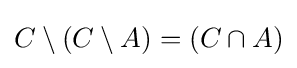
C\setminus (C\setminus A)=(C\cap A)